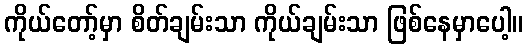
ကိုယ်တော့်မှာ စိတ်ချမ်းသာ ကိုယ်ချမ်းသာ ဖြစ်နေမှာပေါ့။